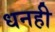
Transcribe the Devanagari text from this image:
धनही